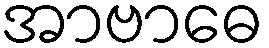
အာဗာဓေ